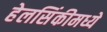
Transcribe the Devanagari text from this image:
हेलसिंकीमध्ये